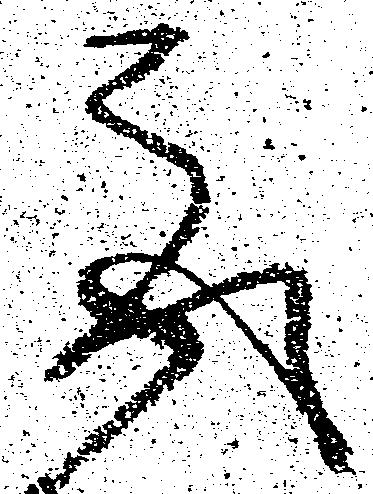
取